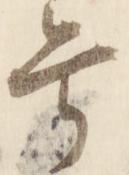
号